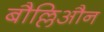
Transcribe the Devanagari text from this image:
बौल्लिऔन